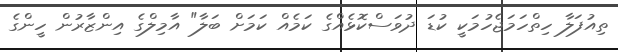
ތިއުފަލާ ހިތްހަމަޖެހުމަކީ ކުޑަ ދުވަސްކޮޅެއްގެ ކަމެއް ކަމަށް ބަލާ" އާމިލްގެ އިންޒާރުން ހީންގެ